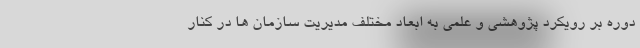
دوره بر رویکرد پژوهشی و علمی به ابعاد مختلف مدیریت سازمان ها در کنار